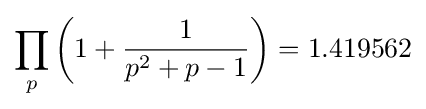
\prod _{p}\left(1+{\frac {1}{p^{2}+p-1}}\right)=1.419562